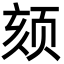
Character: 颏